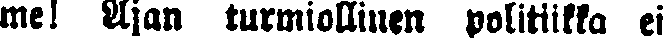
me! Ajan turmiollinen politiikka ei